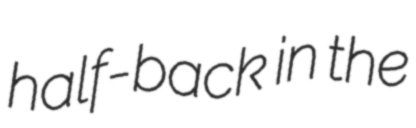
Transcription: half-back in the